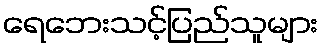
ရေဘေးသင့်ပြည်သူများ